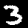
Digit: 3